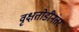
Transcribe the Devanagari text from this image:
वृक्षतोडीनंतर